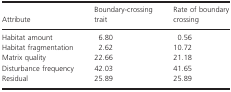
<table><thead><tr><td><b>Attribute</b></td><td><b>Boundary‐crossing trait</b></td><td><b>Rate of boundary crossing</b></td></tr></thead><tbody><tr><td>Habitat amount</td><td>6.80</td><td>0.56</td></tr><tr><td>Habitat fragmentation</td><td>2.62</td><td>10.72</td></tr><tr><td>Matrix quality</td><td>22.66</td><td>21.18</td></tr><tr><td>Disturbance frequency</td><td>42.03</td><td>41.65</td></tr><tr><td>Residual</td><td>25.89</td><td>25.89</td></tr></tbody></table>